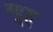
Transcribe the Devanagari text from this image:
ब्यूह